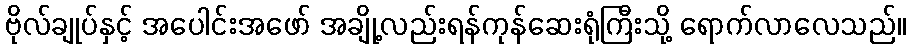
ဗိုလ်ချုပ်နှင့် အပေါင်းအဖော် အချို့လည်းရန်ကုန်ဆေးရုံကြီးသို့ ရောက်လာလေသည်။